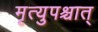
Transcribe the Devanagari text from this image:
मृत्युपश्चात्